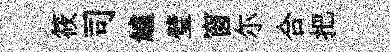
筱司鱸璧窗尓合把